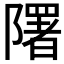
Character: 𨽉